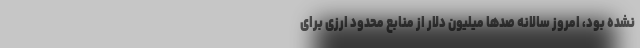
نشده بود، امروز سالانه صدها میلیون دلار از منابع محدود ارزی برای